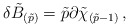
\begin{align*}\delta\tilde{B}_{(\tilde{p})} = \tilde{p}\partial\tilde{\chi}_{(\tilde{p}-1)}\, ,\end{align*}